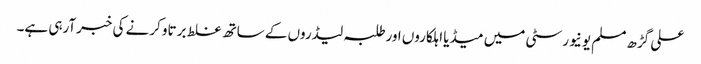
علی گڑھ مسلم یونیورسٹی میں میڈیا اہلکاروں اورطلبہ لیڈروں کے ساتھ غلط برتاو کرنے کی خبرآرہی ہے۔